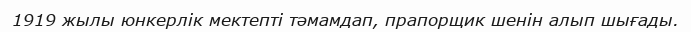
1919 жылы юнкерлік мектепті тәмамдап, прапорщик шенін алып шығады.